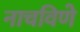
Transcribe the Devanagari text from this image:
नाचविणे